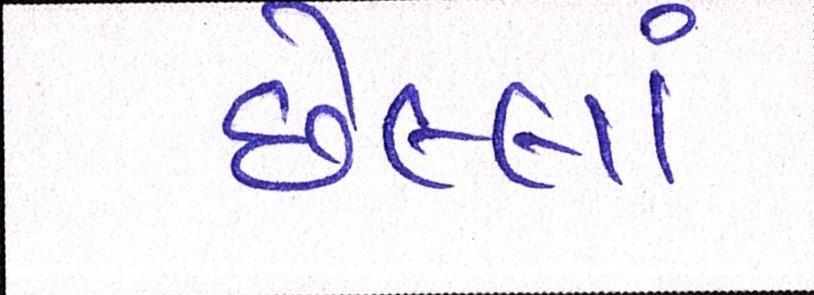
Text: છેલ્લાં